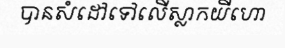
បានសំដៅទៅលើស្លាកយីហោ